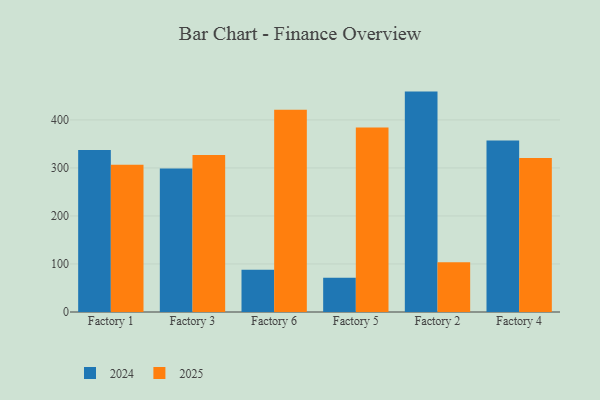
{"axis": {"x": "Factory", "y": "Satisfaction Score"}, "legend": ["2024", "2025"], "data": [{"x": "Factory 1", "y": 306.8, "type": "2025"}, {"x": "Factory 1", "y": 337.4, "type": "2024"}, {"x": "Factory 3", "y": 327.0, "type": "2025"}, {"x": "Factory 3", "y": 298.6, "type": "2024"}, {"x": "Factory 6", "y": 421.4, "type": "2025"}, {"x": "Factory 6", "y": 88.1, "type": "2024"}, {"x": "Factory 5", "y": 384.4, "type": "2025"}, {"x": "Factory 5", "y": 71.5, "type": "2024"}, {"x": "Factory 2", "y": 103.8, "type": "2025"}, {"x": "Factory 2", "y": 459.0, "type": "2024"}, {"x": "Factory 4", "y": 320.8, "type": "2025"}, {"x": "Factory 4", "y": 357.4, "type": "2024"}]}